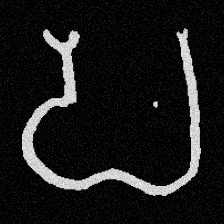
Pyu character \u2014 Myanmar letter: ပ (romanized: pa)